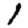
Digit: 1